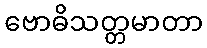
ဗောဓိသတ္တမာတာ